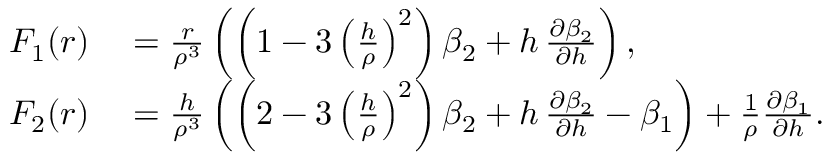
\begin{array} { r l } { F _ { 1 } ( r ) } & { { } = \frac { r } { \rho ^ { 3 } } \left( \left( 1 - 3 \left( \frac { h } { \rho } \right) ^ { 2 } \right) \beta _ { 2 } + h \, \frac { \partial \beta _ { 2 } } { \partial h } \right) , } \\ { F _ { 2 } ( r ) } & { { } = \frac { h } { \rho ^ { 3 } } \left( \left( 2 - 3 \left( \frac { h } { \rho } \right) ^ { 2 } \right) \beta _ { 2 } + h \, \frac { \partial \beta _ { 2 } } { \partial h } - \beta _ { 1 } \right) + \frac { 1 } { \rho } \frac { \partial \beta _ { 1 } } { \partial h } . } \end{array}